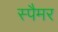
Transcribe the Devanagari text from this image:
स्पैमर